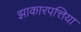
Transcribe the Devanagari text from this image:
झाकारपत्तिया